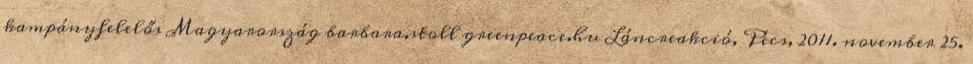
kampányfelelős Magyarország barbara.stoll greenpeace.hu Láncreakció, Pécs, 2011. november 25.